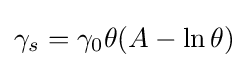
\gamma _{s}=\gamma _{0}\theta (A-\ln \theta )\,\!